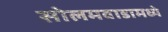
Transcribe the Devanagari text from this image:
सोलमवाडामध्ये